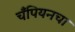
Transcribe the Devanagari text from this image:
चँपियनचा